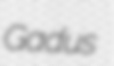
Gadus